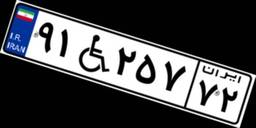
۹۱W۲۵۷۷۲